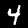
Label: 4